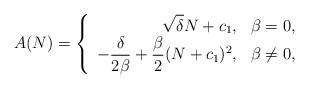
LaTeX: \begin{align*}A(N) &= \left\{ \begin{array}{rl}\displaystyle{\sqrt{\delta}N + c_1},& \beta=0,\\\displaystyle{-\frac{\delta}{2\beta}+\frac{\beta}{2}(N+c_{1})^{2}},& \beta\neq 0,\end{array} \right.\end{align*}